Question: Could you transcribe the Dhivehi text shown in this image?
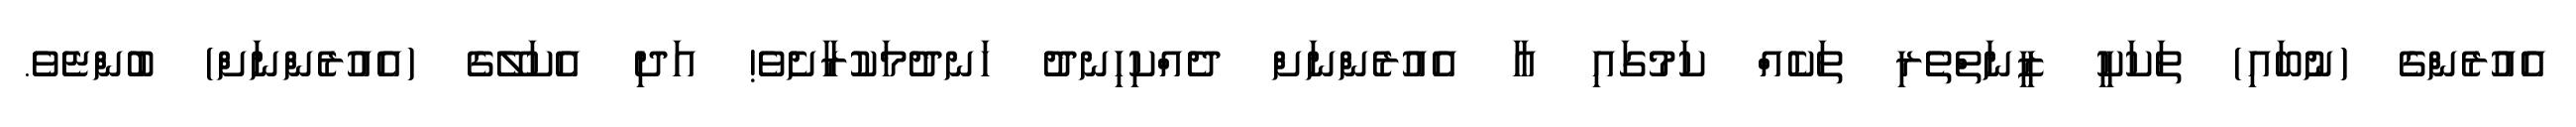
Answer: އެއުރެންގެ (ނުބައި) ތަކަކީ ޒީނަތްތެރި ތަކެއް ކަމުގައި އާ އެއުރެންނަށް ދެއްކިހިނދު ހަނދުމަކުރާށެވެ! އަދި އެކަލޭގެ (އެއުރެންނަށް) ބުންޏެވެ.